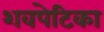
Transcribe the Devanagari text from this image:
शवपेटिका